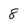
Character: 8